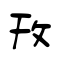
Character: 攼